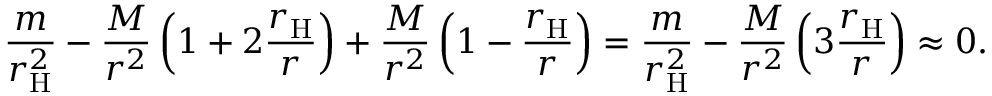
{ \frac { m } { r _ { \mathrm { H } } ^ { 2 } } } - { \frac { M } { r ^ { 2 } } } \left( 1 + 2 { \frac { r _ { \mathrm { H } } } { r } } \right) + { \frac { M } { r ^ { 2 } } } \left( 1 - { \frac { r _ { \mathrm { H } } } { r } } \right) = { \frac { m } { r _ { \mathrm { H } } ^ { 2 } } } - { \frac { M } { r ^ { 2 } } } \left( 3 { \frac { r _ { \mathrm { H } } } { r } } \right) \approx 0 .